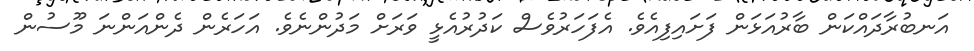
އަނބުރާދައްކަން ބާރުއަޅަން ފަށައިފިއެވެ. އެފަހަރުވެސް ކަދުރުއެޅީ ވަރަށް މަދުންނެވެ. އަހަރެން ދެންއަންނަ މޫސުން